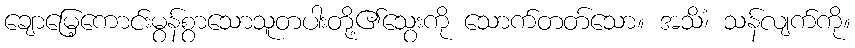
ချောမြေ့ကောင်းမွန်စွာသောသူတပါးတို့၏သွေးကို သောက်တတ်သော။ အသိံ၊ သန်လျက်ကို။